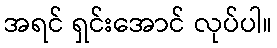
အရင် ရှင်းအောင် လုပ်ပါ။